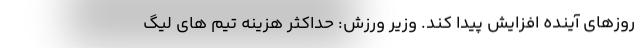
روزهای آینده افزایش پیدا کند. وزیر ورزش: حداکثر هزینه تیم های لیگ